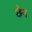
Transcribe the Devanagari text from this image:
छैन